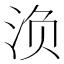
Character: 𰛨